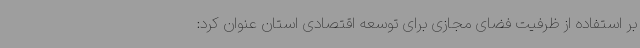
بر استفاده از ظرفیت فضای مجازی برای توسعه اقتصادی استان عنوان کرد: